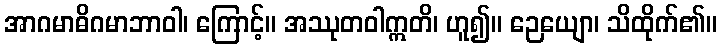
အာဂမာဓိဂမာဘာဝါ၊ ကြောင့်။ အဿုတဝါဣတိ၊ ဟူ၍။ ဉေယျော၊ သိထိုက်၏။